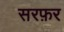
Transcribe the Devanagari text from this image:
सरफ़र